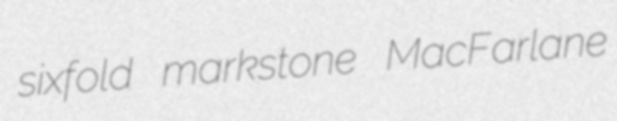
sixfold markstone MacFarlane